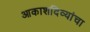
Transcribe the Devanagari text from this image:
आकाशदिव्यांचा